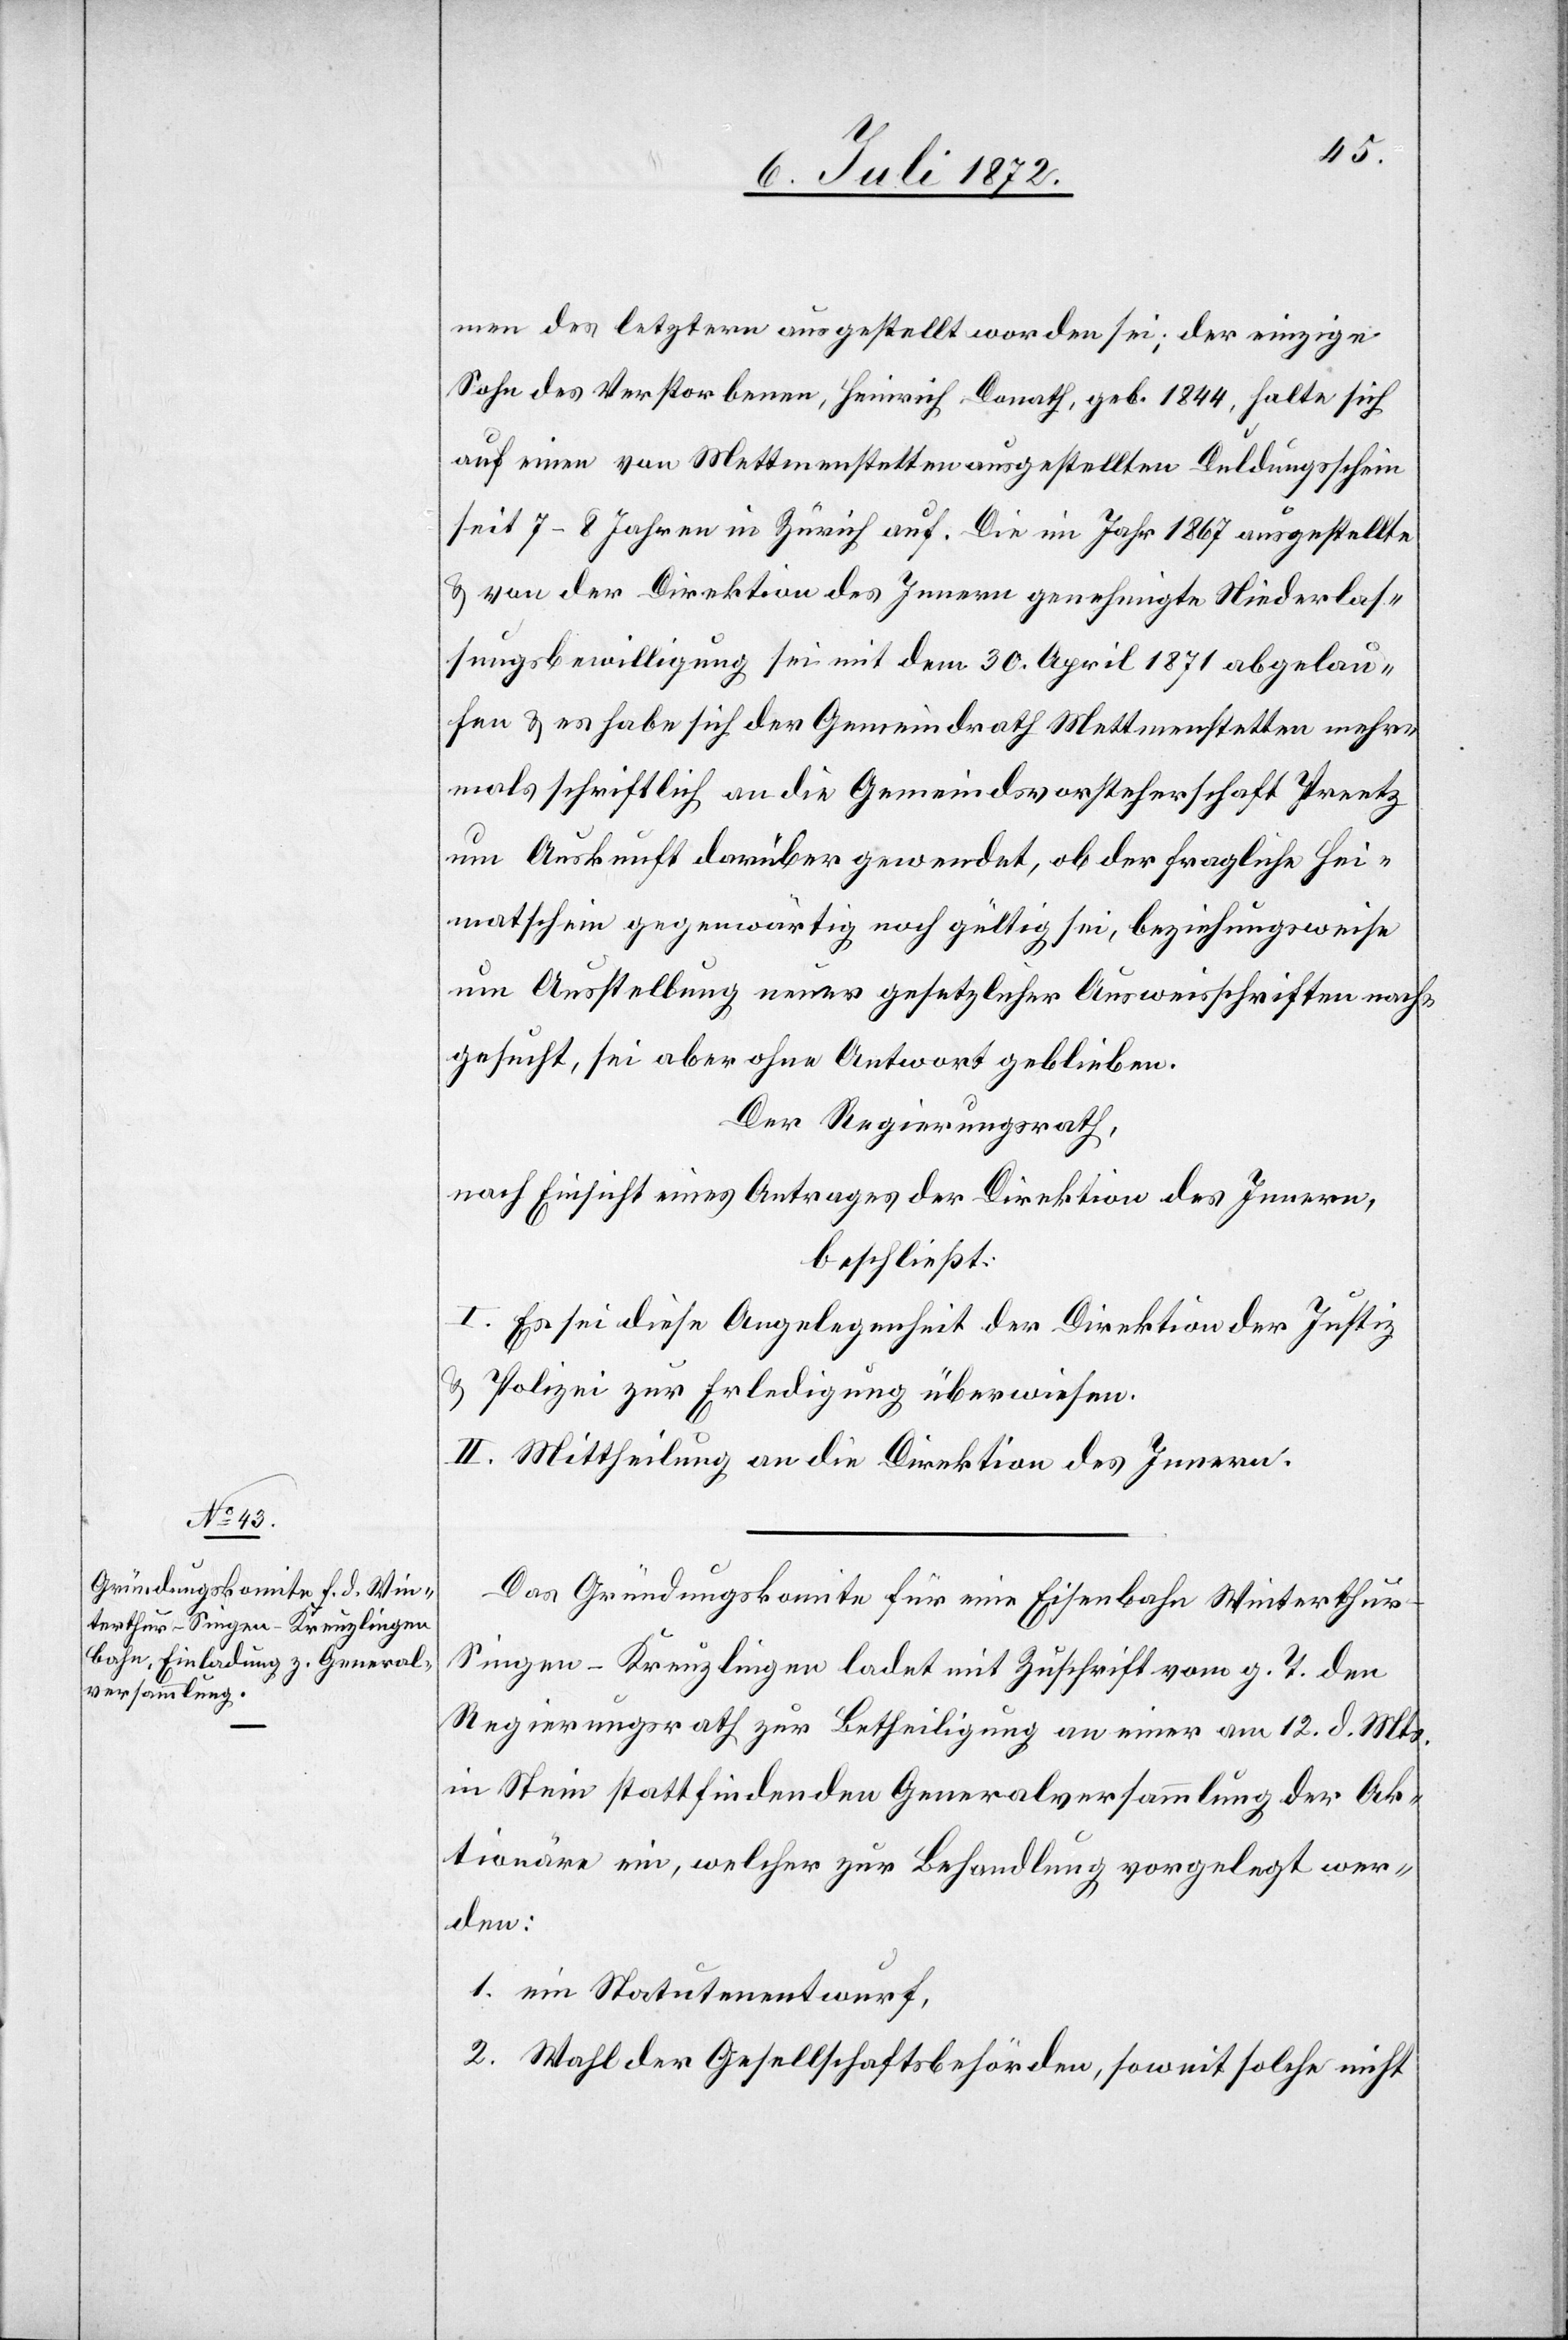
men des letztern ausgestellt worden sei; der einzige
Sohn des Verstorbenen, Heinrich Donath, geb. 1844, halte sich
auf einen von Mettmenstetten ausgestellten Duldungsschein
seit 7–8 Jahren in Zürich auf. Die im Jahr 1867 ausgestellte
u. von der Direktion des Innern genehmigte Niederlas¬
sungsbewilligung sei mit dem 30. April 1871 abgelau¬
fen u. es habe sich der Gemeindrath Mettmenstetten mehr¬
mals schriftlich an die Gemeindsvorsteherschaft Preetz
um Auskunft darüber gewendet, ob der fragliche Hei¬
matschein gegenwärtig noch gültig sei, beziehungsweise
um Ausstellung neuer gesetzlicher Ausweisschriften nach¬
gesucht, sei aber ohne Antwort geblieben.
Der Regierungsrath,
nach Einsicht eines Antrages der Direktion des Innern,
beschließt:
I. Es sei diese Angelegenheit der Direktion der Justiz
u.
Polizei zur Erledigung überwiesen.
II. Mittheilung an die Direktion des Innern.
Das Gründungskomite für eine Eisenbahn Winterthur–S¬
ingen–Kreuzlingen ladet mit Zuschrift vom g. T. den
Regierungsrath zur Betheiligung an einer am 12. d. Mts.
in Stein stattfindenden Generalversammlung der Ak¬
tionäre ein, welcher zur Behandlung vorgelegt wer¬
den:
1. ein Statutenentwurf,
2. Wahl der Gesellschaftsbehörde, soweit solche nicht